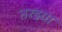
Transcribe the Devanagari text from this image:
तरइया